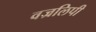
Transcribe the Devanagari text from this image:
वज्रलिपी